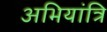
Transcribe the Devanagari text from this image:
अभियांत्रि